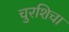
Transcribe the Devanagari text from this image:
चुरशिचा